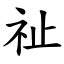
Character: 祉